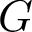
G